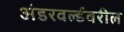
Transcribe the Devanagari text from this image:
अंडरवर्ल्डवरील